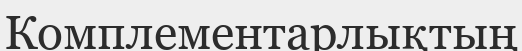
Комплементарлықтың